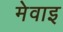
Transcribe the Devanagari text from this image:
मेवाइ